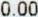
0.00